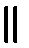
။